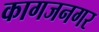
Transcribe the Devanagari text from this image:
कागजनगर